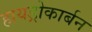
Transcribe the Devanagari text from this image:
हायड्रोकार्बन